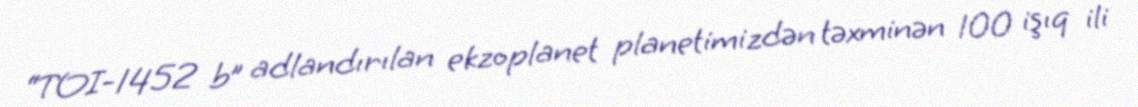
“TOI-1452 b” adlandırılan ekzoplanet planetimizdən təxminən 100 işıq ili